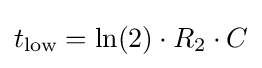
t_{\text{low}}=\ln(2)\cdot R_{2}\cdot C